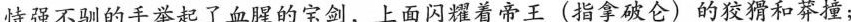
恃强不驯的手举起了血腥的宝剑，上面闪耀着帝王(指拿破仑)的狡猾和莽撞；